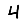
Digit: 4